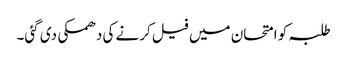
طلبہ کو امتحان میں فیل کرنے کی دھمکی دی گئی۔